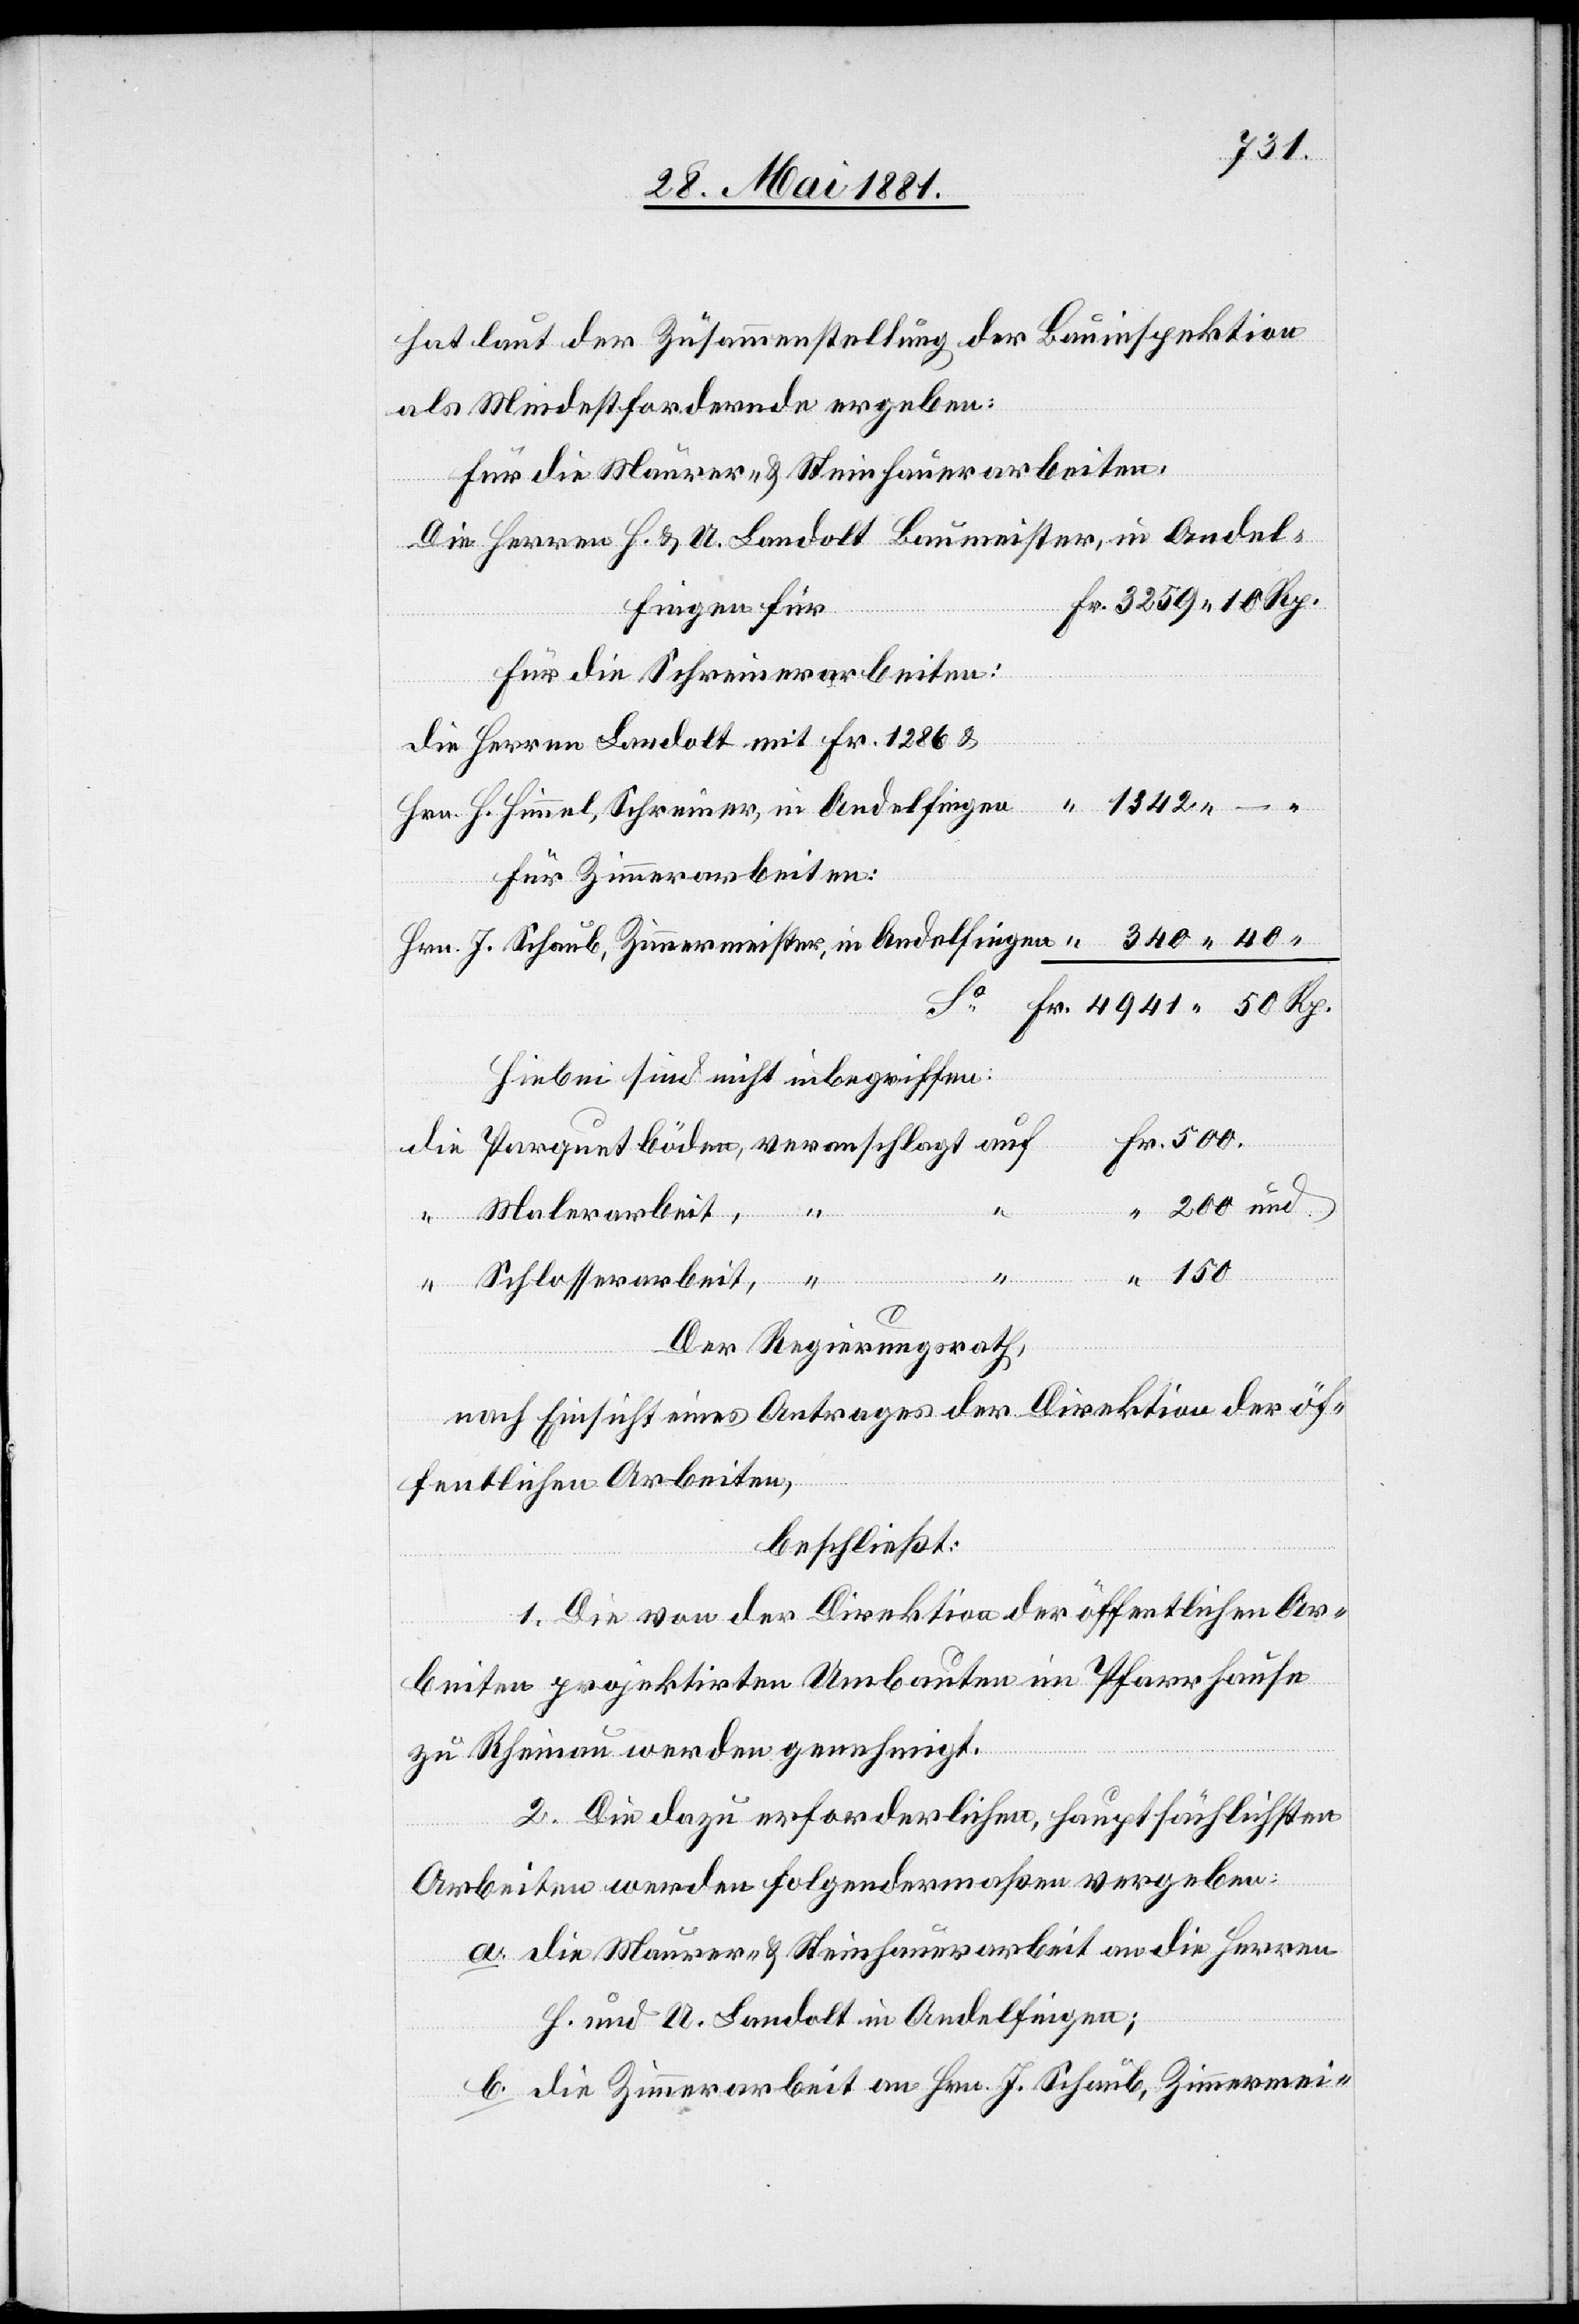
1342.
hat laut Zusammenstellung der Bauinspektion
als Mindestfordernde ergeben:
Für die Maurer- & Steinhauerarbeiten:
Herren H. & U. Landolt Baumeister, in Andel¬
veranschlagt
auf
fingen für
Für die Schreinerarbeiten:
Herren Landolt mit Fr. 1286 &
H. Himmel, Schreiner, in Andelfingen
Für Zimmerarbeiten:
J. Schaub, Zimmermeister, in Andelfingen
Hiebei sind nicht inbegriffen:
die
Schlosserarbeit,
Der Regierungsrath,
nach Einsicht eines Antrages der Direktion der öf¬
fentlichen Arbeiten,
beschließt:
1. Die von der Direktion der öffentlichen Ar¬
beiten projektirte Umbauten im Pfarrhause
zu Rheinau werden genehmigt.
2. Die dazu erforderliche, haupsächlichsten
Fr.
Arbeiten werden folgendermaßen vergeben:
a. die Maurer- & Steinhauerarbeit an die Herren
H. und U. Landolt in Andelfingen;
b. die Zimmerarbeit an Hrn. J. Schaub, Zimmermei-